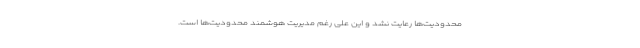
محدودیت‌ها رعایت نشد و این علی رغم مدیریت هوشمند محدودیت‌ها است‌.